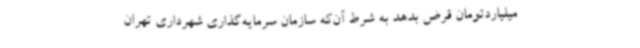
میلیاردتومان قرض بدهد به شرط آن‌که سازمان سرمایه‌گذاری شهرداری تهران